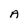
Character: A